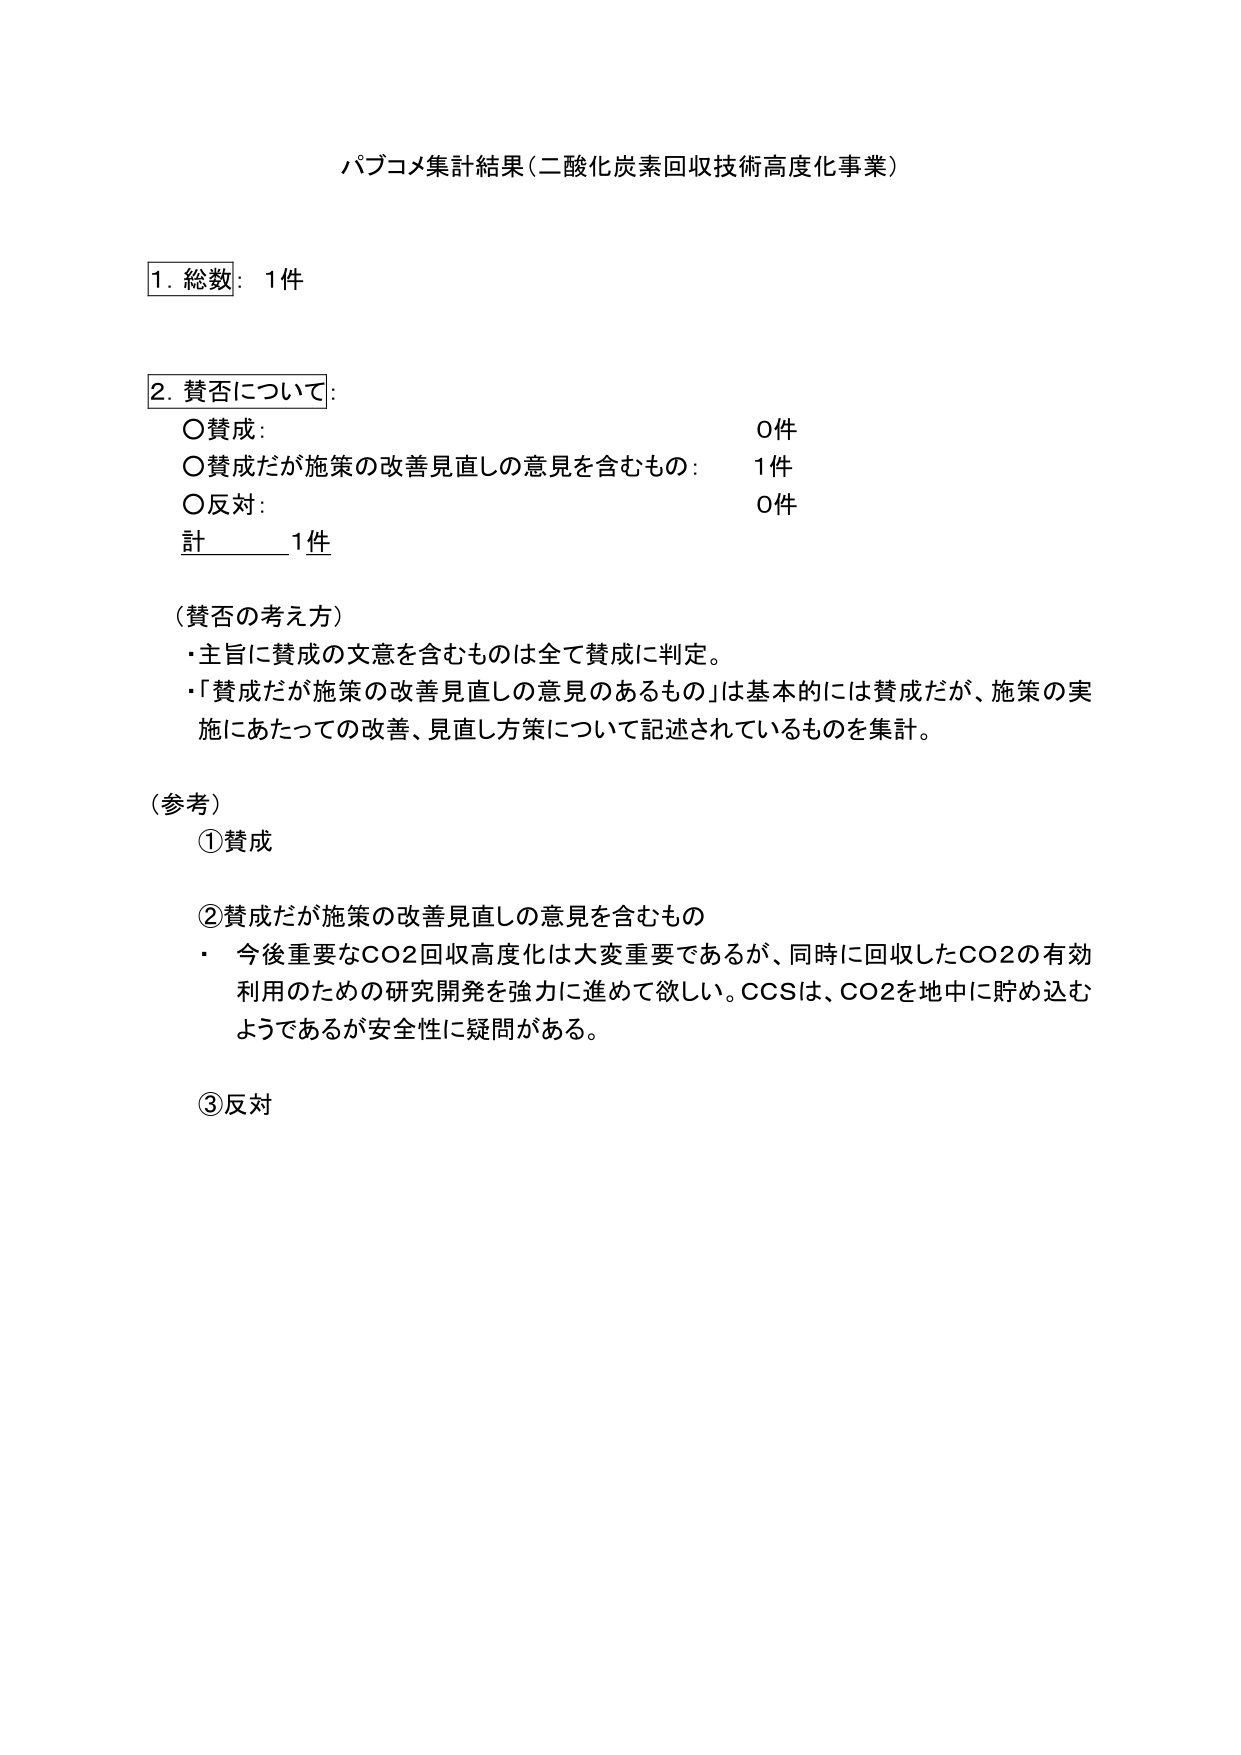
パブコメ集計結果（二酸化炭素回収技術高度化事業）

1. 総数：1件

2. 賛否について：
○賛成： 0件
○賛成だが施策の改善見直しの意見を含むもの： 1件
○反対： 0件
計 1件

（賛否の考え方）
・主旨に賛成の文意を含むものは全て賛成に判定。
・「賛成だが施策の改善見直しの意見のあるもの」は基本的には賛成だが、施策の実施にあたっての改善、見直し方策について記述されているものを集計。

（参考）
①賛成

②賛成だが施策の改善見直しの意見を含むもの
・今後重要なCO2回収高度化は大変重要であるが、同時に回収したCO2の有効利用のための研究開発を強力に進めて欲しい。CCSは、CO2を地中に貯め込むようであるが安全性に疑問がある。

③反対